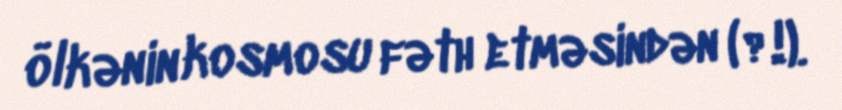
ölkənin kosmosu fəth etməsindən (?!).